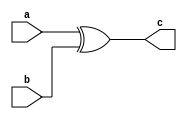
module test(c, a, b);
output c;
input a, b;

    xor G1(c, a, b);
//    and G1(c, a, b);
endmodule